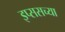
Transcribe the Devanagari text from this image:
इप्ससच्या